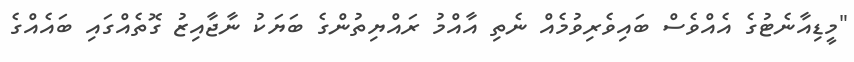
"މީޑިއާނެޓުގެ އެއްވެސް ބައިވެރިވުމެއް ނެތި އާާއްމު ރައްޔިތުންގެ ބަޔަކު ނާޖާއިޒު ގޮތެއްގައި ބައެއްގެ